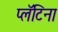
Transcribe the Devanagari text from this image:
प्लॅटिना